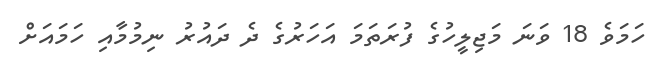
ހަމަވެ 18 ވަނަ މަޖިލީހުގެ ފުރަތަމަ އަހަރުގެ ދެ ދައުރު ނިމުމާއި ހަމައަށް